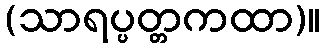
(သာရပ္ပတ္တကထာ)။